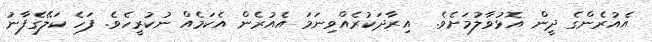
އެއުރެންގެ ދީން އޮޅުވާލުމަށެވެ.  އިރާދަކުރެއްވިނަމަ އެއުރެން އެކަމެއް ނުކުރީހެވެ. ފަހެ ކަލޭގެފާނު